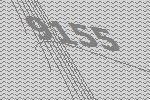
9155